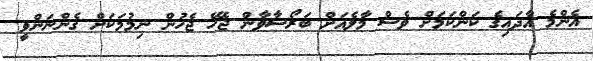
އެންމެ އާދައިގެ ކަންކަމަށް ވެސް މާލެއަށް ބަރޯސާވާން ޖެހޭ ޖެހުން ނިމުމަކަށް ގެންނަންވީ